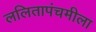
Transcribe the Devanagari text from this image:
ललितापंचमीला